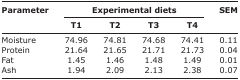
| <ROWSPAN=3> Parameter | <COLSPAN=4> Experimental diets | <ROWSPAN=3> SEM |
 | T1 | T2 | T3 | T4 |
 | --- | --- | --- | --- | --- | --- |
 | Moisture | 74.96 | 74.81 | 74.68 | 74.41 | 0.11 |
 | Protein | 21.64 | 21.65 | 21.71 | 21.73 | 0.04 |
 | Fat | 1.45 | 1.46 | 1.48 | 1.49 | 0.01 |
 | Ash | 1.94 | 2.09 | 2.13 | 2.38 | 0.07 |